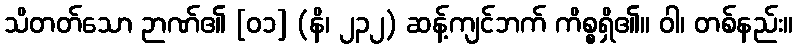
သိတတ်သော ဉာဏ်၏ [၀၁] (နိ၊ ၂၃၂) ဆန့်ကျင်ဘက် ကိစ္စရှိ၏။ ဝါ၊ တစ်နည်း။